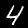
Label: 4